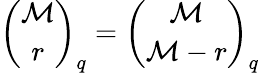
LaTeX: {\binom{\mathcal{M}}{r}}_{q}={\binom{\mathcal{M}}{\mathcal{M}-r}}_{q}